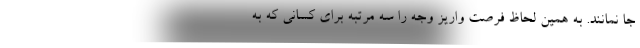
جا نمانند. به همین لحاظ فرصت واریز وجه را سه مرتبه برای کسانی که به